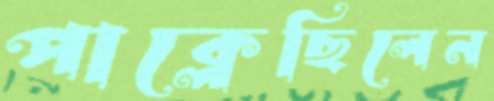
পাক্‌লেছিলেন